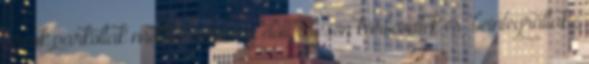
arcok parkoltak mellém verseny előtt, teljesen körbevettek és „beintegráltak”,